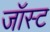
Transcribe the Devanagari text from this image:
जॉस्ट